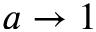
a \to 1